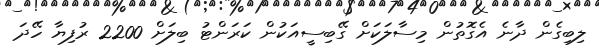
ލިބިގެން ދާނެ އެގޮތުން މިސާލަކަށް ގޭބިސީއަކުން ކަރަންޓު ބިލަށް 2200 ރުފިޔާ ހޭދަ